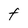
Character: F